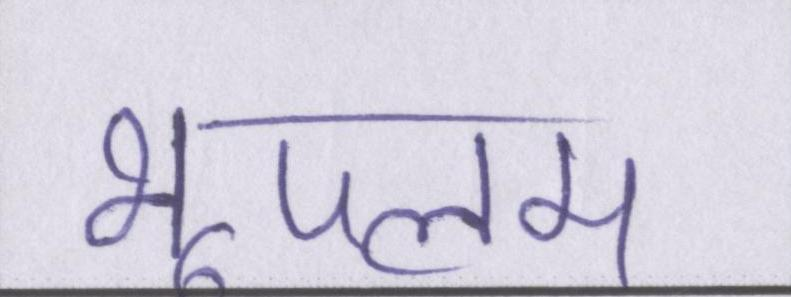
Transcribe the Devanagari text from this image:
भूपलम